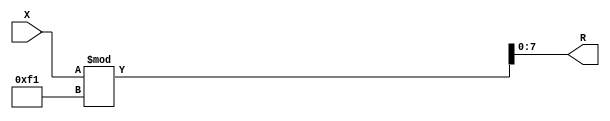
module x_300_mod_241_reg(
    input [300:1] X,
    output [8:1] R
    );


assign R = X % 241;

endmodule